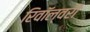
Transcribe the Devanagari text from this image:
रिवॉल्वरों